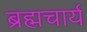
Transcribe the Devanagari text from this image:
ब्रह्मचार्य